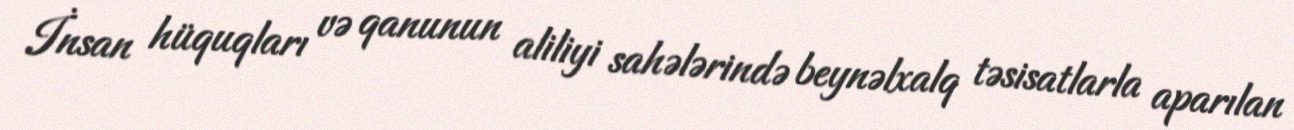
İnsan hüquqları və qanunun aliliyi sahələrində beynəlxalq təsisatlarla aparılan